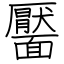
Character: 靨